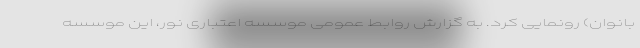
بانوان) رونمایی کرد. به گزارش روابط عمومی موسسه اعتباری نور، این موسسه